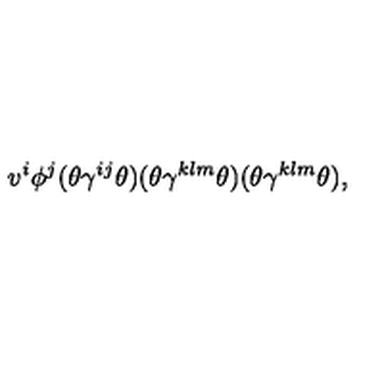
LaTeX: v ^ { i } \phi ^ { j } ( \theta \gamma ^ { i j } \theta ) ( \theta \gamma ^ { k l m } \theta ) ( \theta \gamma ^ { k l m } \theta ) ,